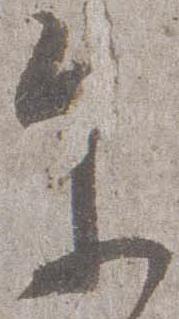
参